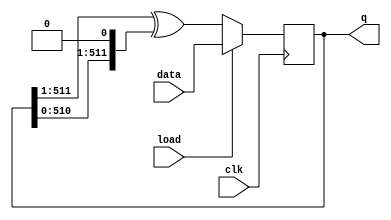
module top_module(
    input clk,
    input load,
    input [511:0] data,
    output [511:0] q );
    integer i;
    reg [511:0]nextQ;
    always @(posedge clk) begin
        if(load) q<=data;
        else begin
            q<={1'b0,q[511:1]}^{q[510:0],1'b0};            
        end
    end
endmodule